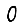
Digit: 0